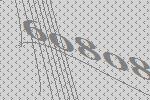
60808